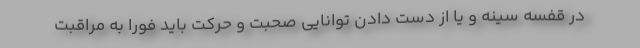
در قفسه سینه و یا از دست دادن توانایی صحبت و حرکت باید فوراً به مراقبت